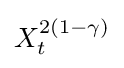
X_{t}^{2(1-\gamma )}